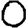
Digit: 0